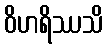
ဝိဟရိဿသိ